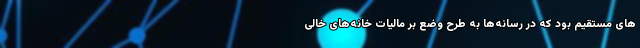
های مستقیم بود که در رسانه‌ها به طرح وضع بر مالیات خانه‌های خالی